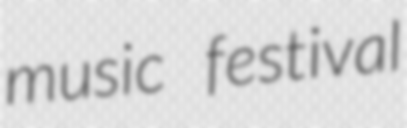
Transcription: music festival